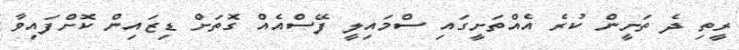
ރީތި ދެ ތަށީން ކުރެ އެއްތަށީގައި ސްމައިލީ ފޭސްއެއް ގޮތަށް ޑިޒައިން ކޮށްފައިވާ